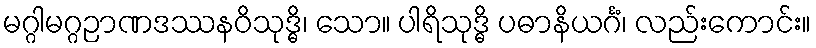
မဂ္ဂါမဂ္ဂဉာဏဒဿနဝိသုဒ္ဓိ၊ သော။ ပါရိသုဒ္ဓိ ပဓာနိယင်္ဂံ၊ လည်းကောင်း။